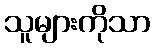
သူများကိုသာ